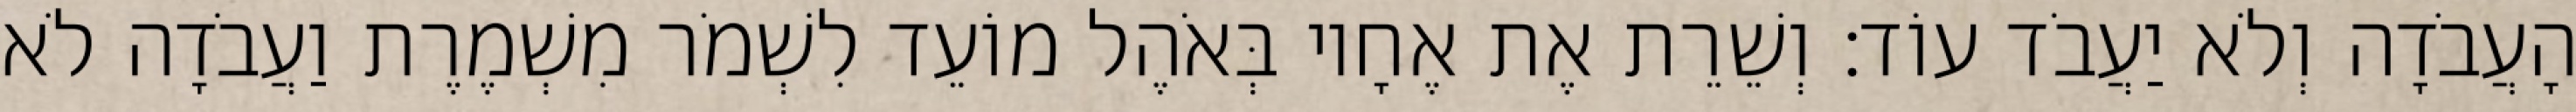
הָעֲבֹדָה וְלֹא יַעֲבֹד עוֹד׃ וְשֵׁרֵת אֶת אֶחָיו בְּאֹהֶל מוֹעֵד לִשְׁמֹר מִשְׁמֶרֶת וַעֲבֹדָה לֹא